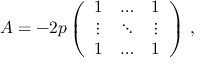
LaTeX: A = - 2 p \left( \begin{array} { c c c } { { 1 } } & { { \ldots } } & { { 1 } } \\ { { \vdots } } & { { \ddots } } & { { \vdots } } \\ { { 1 } } & { { \ldots } } & { { 1 } } \end{array} \right) \, ,